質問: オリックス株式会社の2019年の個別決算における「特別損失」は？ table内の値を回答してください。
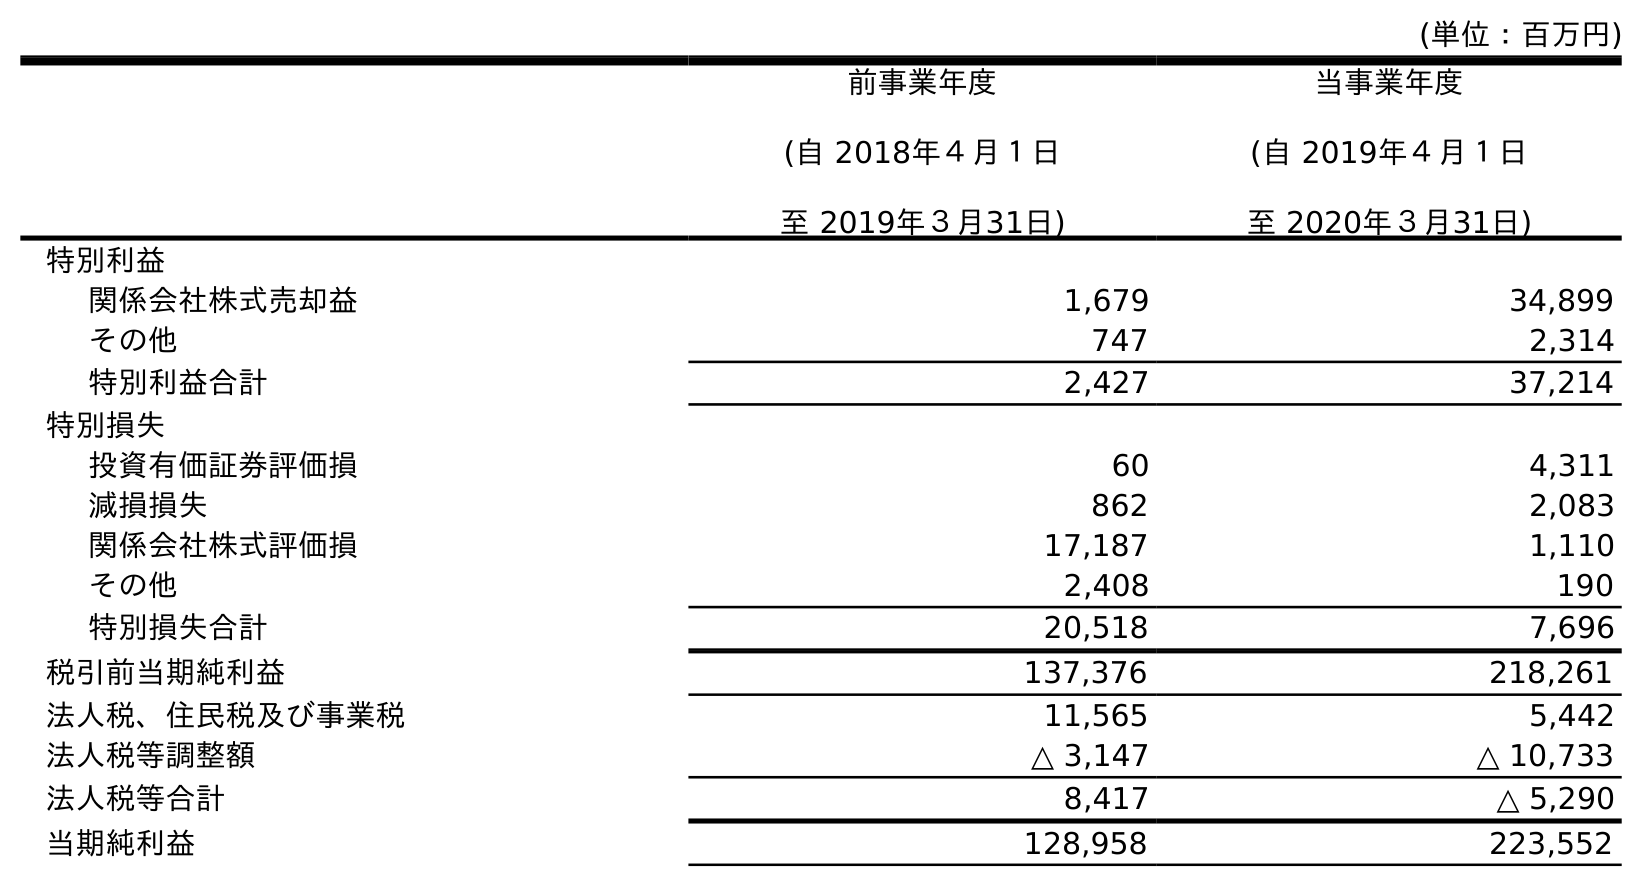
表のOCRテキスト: (単位：百万円) 前事業年度 (自 2018年４月１日 至 2019年３月31日) 当事業年度 (自 2019年４月１日 至 2020年３月31日) 特別利益 関係会社株式売却益 1,679 34,899 その他 747 2,314 特別利益合計 2,427 37,214 特別損失 投資有価証券評価損 60 4,311 減損損失 862 2,083 関係会社株式評価損 17,187 1,110 その他 2,408 190 特別損失合計 20,518 7,696 税引前当期純利益 137,376 218,261 法人税、住民税及び事業税 11,565 5,442 法人税等調整額 △ 3,147 △ 10,733 法人税等合計 8,417 △ 5,290 当期純利益 128,958 223,552
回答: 20,518